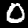
Digit: 0